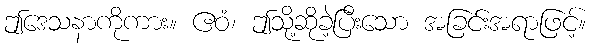
ဤဒေသနာကိုကား။ ဧဝံ၊ ဤသို့ဆိုခဲ့ပြီးသော အခြင်းအရာဖြင့်။